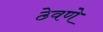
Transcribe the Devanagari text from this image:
ठेवणेे